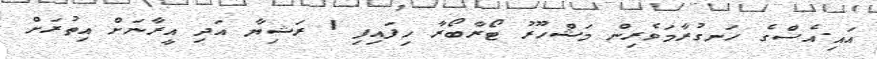
އައި.އެސްގެ ހަނގުރާމަވެރިން މަޝްހޫރު ޓޯރާބޯރާ ހިފައިފި 1 ރަޝިޔާ އަދި އީރާނަށް އިތުރަށް